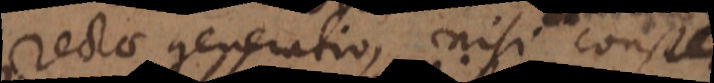
rectae generatio, nisi constet